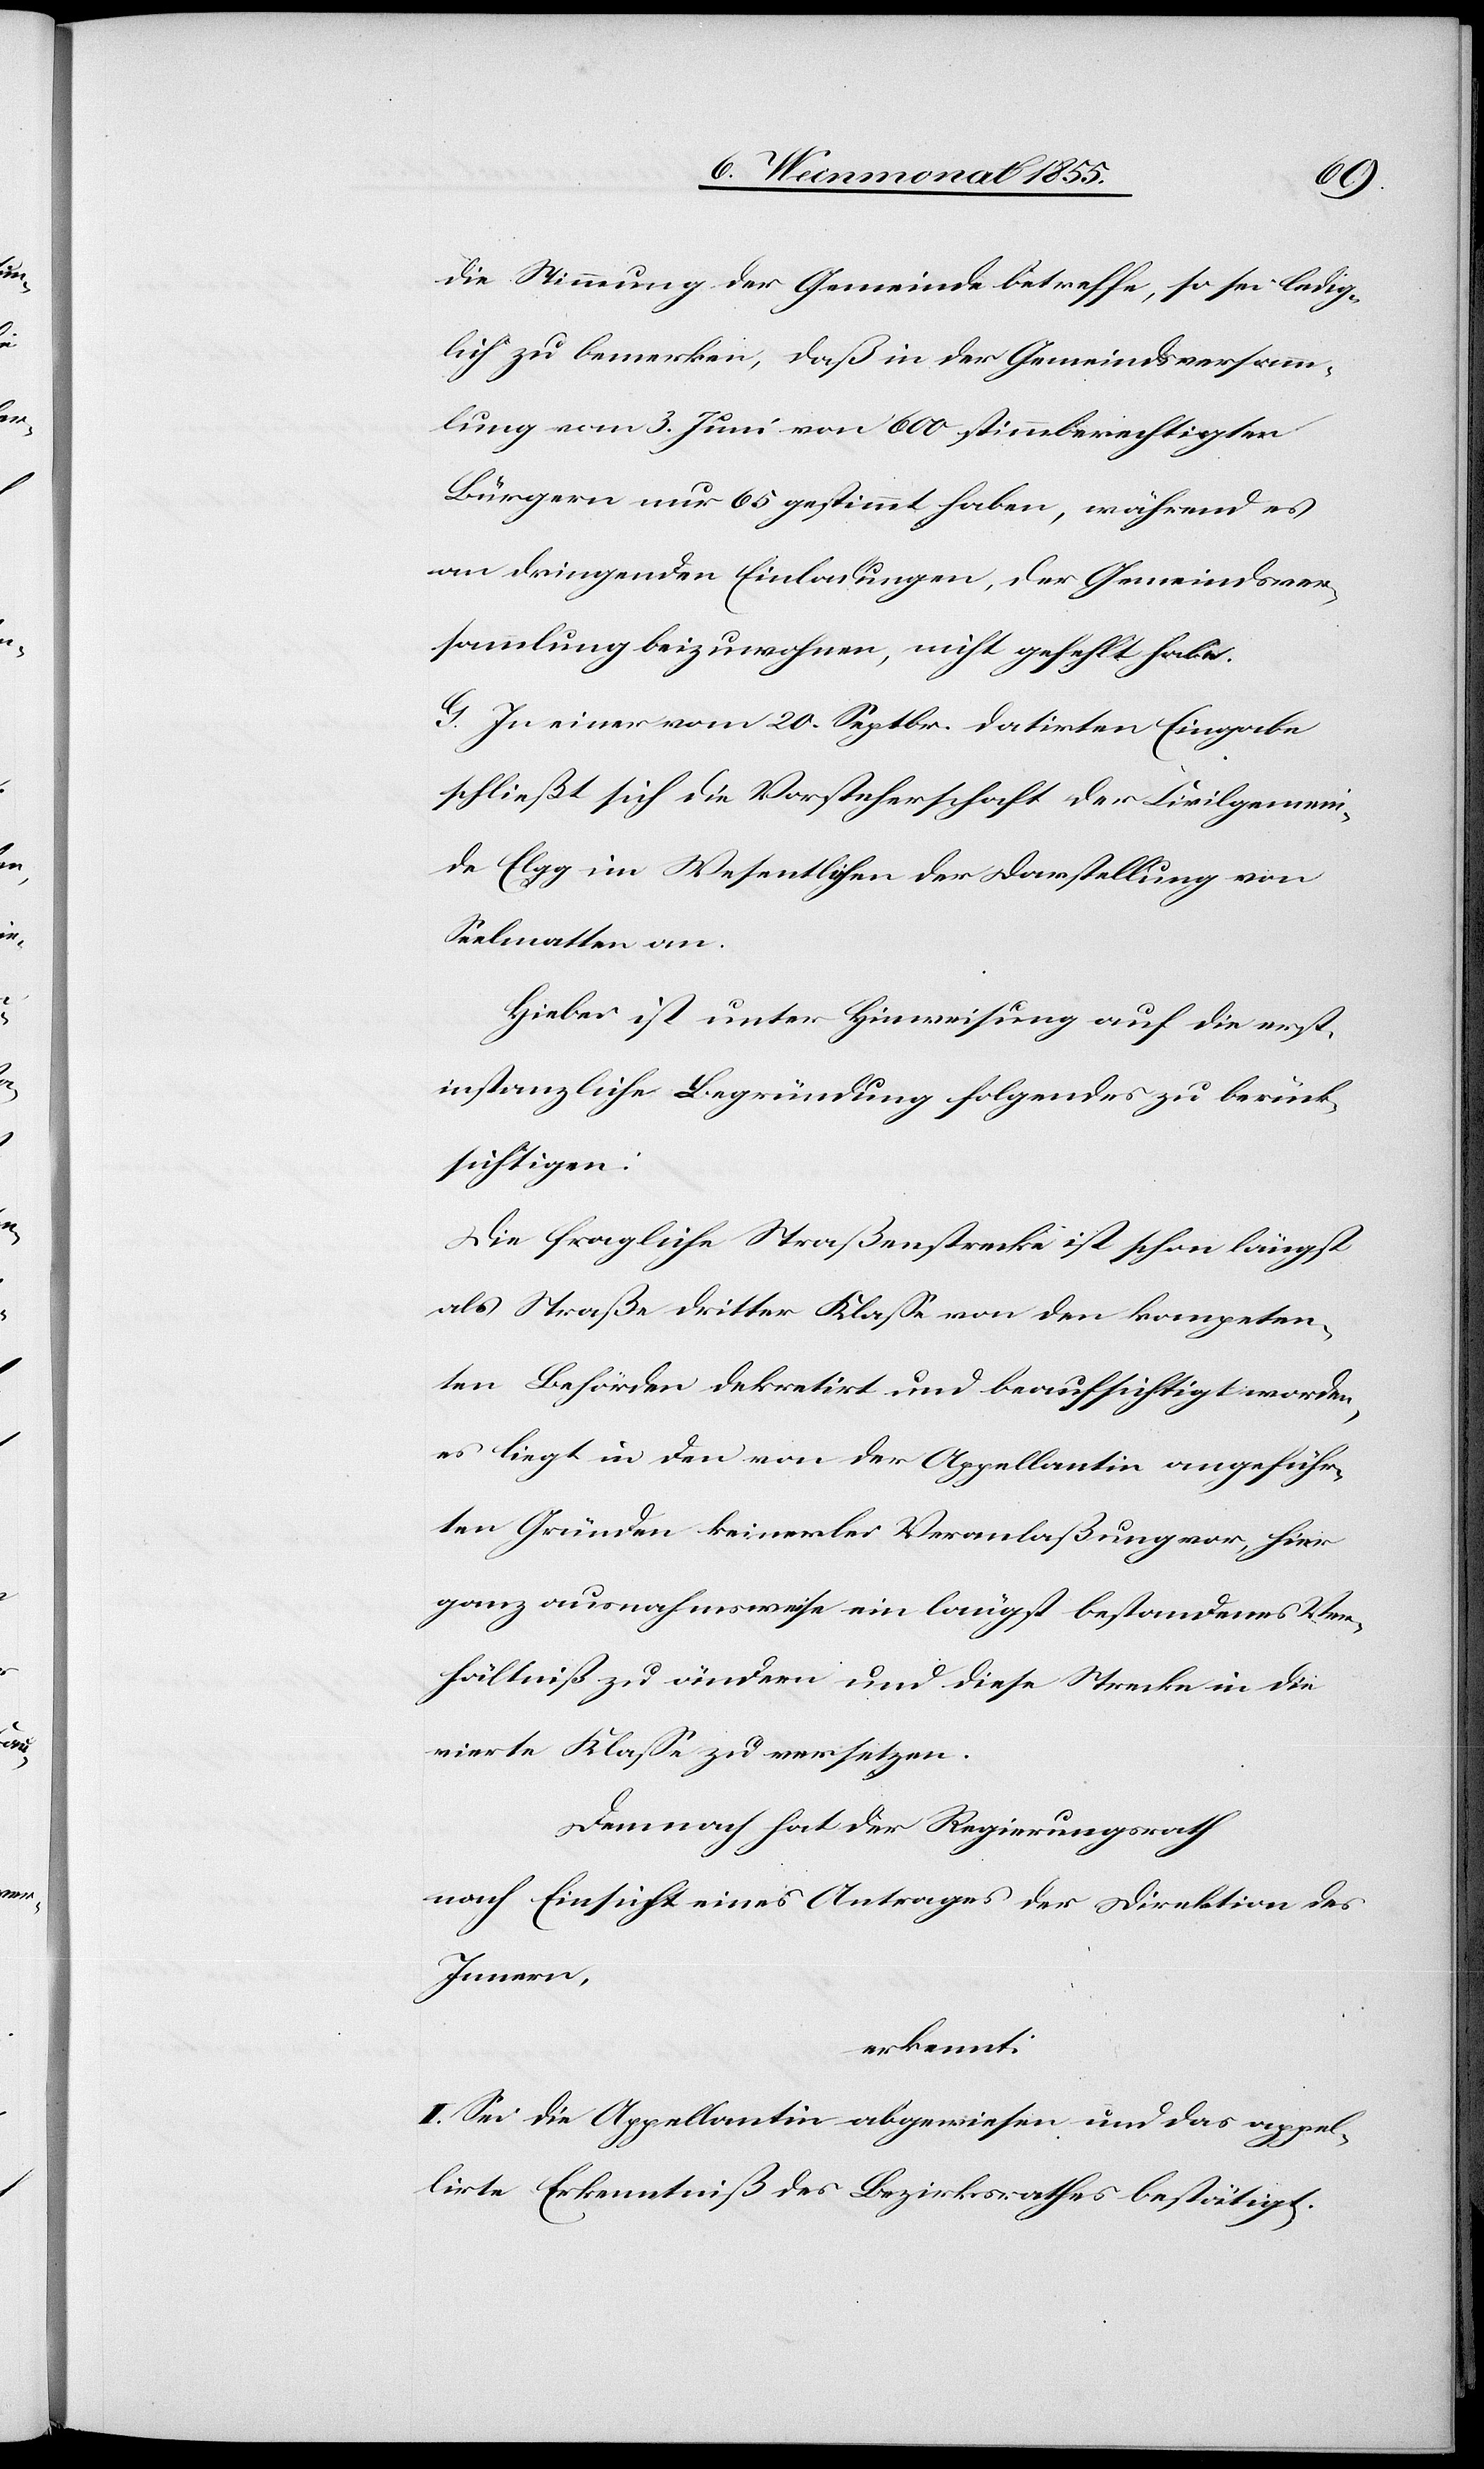
die Stimmung der Gemeinde betreffe, so sei ledig¬
lich zu bemerken, daß in der Gemeindsversamm¬
lung vom 3. Juni von 600 stimmberechtigten
Bürgern nur 65 gestimmt haben, während es
an dringenden Einladungen, der Gemeindsver¬
sammlung beizuwohnen, nicht gefehlt habe.
G. In einer vom 20. Septbr. datirten Eingabe
schließt sich die Vorsteherschaft der Civilgemein¬
de Elgg im Wesentlichen der Darstellung von
Seelmatten an.
Hiebei ist unter Hinweisung auf die erst¬
instanzliche Begründung folgendes zu berück¬
sichtigen:
Die fragliche Straßenstrecke ist schon längst
als Straße dritter Klasse von den kompeten¬
ten Behörden dekretirt und beaufsichtigt worden,
es liegt in den von der Appellantin angeführ¬
ten Gründen keinerlei Veranlaßung vor, hier
ganz ausnahmsweise ein längst bestandenes Ver¬
hältniß zu ändern und diese Strecke in die
vierte Klasse zu versetzen.
Demnach hat der Regierungsrath
nach Einsicht eines Antrages der Direktion des
Innern,
erkennt:
I. Sei die Appellantin abgewiesen und das appel¬
lirte Erkenntniß des Bezirksrathes bestätigt.